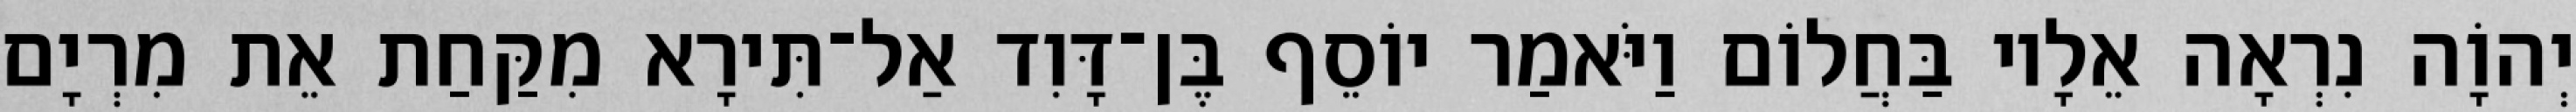
יְהוָֹה נִרְאָה אֵלָיו בַּחֲלוֹם וַיֹּאמַר יוֹסֵף בֶּן־דָּוִד אַל־תִּירָא מִקַּחַת אֵת מִרְיָם